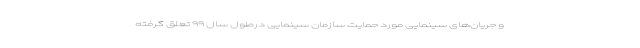
و جریان‌های سینمایی مورد حمایت سازمان سینمایی درطول سال ۹۹ تعلق گرفته